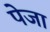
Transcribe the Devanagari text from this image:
पेजा